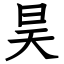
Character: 昊